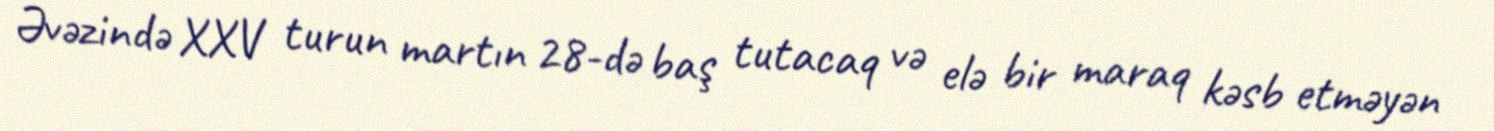
Əvəzində XXV turun martın 28-də baş tutacaq və elə bir maraq kəsb etməyən